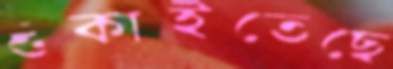
শুঁকাইতেছে